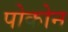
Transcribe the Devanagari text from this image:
पोकोन